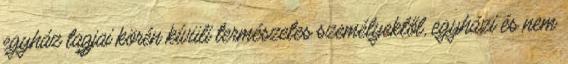
egyház tagjai körén kívüli természetes személyektől, egyházi és nem